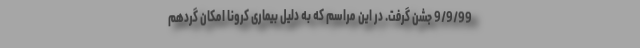
9/9/99 جشن گرفت. در این مراسم که به دلیل بیماری کرونا امکان گردهم